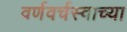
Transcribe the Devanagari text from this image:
वर्णवर्चस्वाच्या